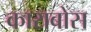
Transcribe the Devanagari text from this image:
काराबोस